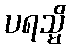
ပရသ္မိ